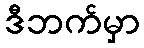
ဒီဘက်မှာ